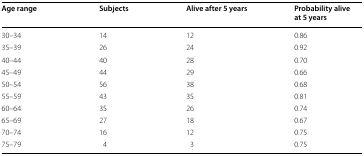
<table><thead><tr><td><b>Age range</b></td><td><b>Subjects</b></td><td><b>Alive after 5 years</b></td><td><b>Probability alive at 5 years</b></td></tr></thead><tbody><tr><td>30–34</td><td>14</td><td>12</td><td>0.86</td></tr><tr><td>35–39</td><td>26</td><td>24</td><td>0.92</td></tr><tr><td>40–44</td><td>40</td><td>28</td><td>0.70</td></tr><tr><td>45–49</td><td>44</td><td>29</td><td>0.66</td></tr><tr><td>50–54</td><td>56</td><td>38</td><td>0.68</td></tr><tr><td>55–59</td><td>43</td><td>35</td><td>0.81</td></tr><tr><td>60–64</td><td>35</td><td>26</td><td>0.74</td></tr><tr><td>65–69</td><td>27</td><td>18</td><td>0.67</td></tr><tr><td>70–74</td><td>16</td><td>12</td><td>0.75</td></tr><tr><td>75–79</td><td>4</td><td>3</td><td>0.75</td></tr></tbody></table>